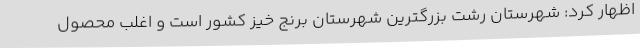
اظهار کرد: شهرستان رشت بزرگترین شهرستان برنج خیز کشور است و اغلب محصول